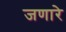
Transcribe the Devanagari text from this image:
जणारे